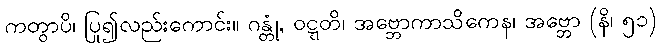
ကတွာပိ၊ ပြု၍လည်းကောင်း။ ဂန္တုံ, ဝဋ္ဋတိ၊ အဗ္ဘောကာသိကေန၊ အဗ္ဘော (နိ၊ ၅၁)